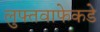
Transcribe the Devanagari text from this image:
लुफ्तवाफेकडे